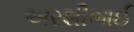
અરશીભાઈ